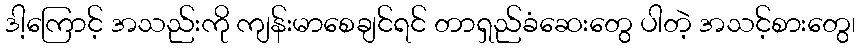
ဒါ့ကြောင့် အသည်းကို ကျန်းမာစေချင်ရင် တာရှည်ခံဆေးတွေ ပါတဲ့ အသင့်စားတွေ၊